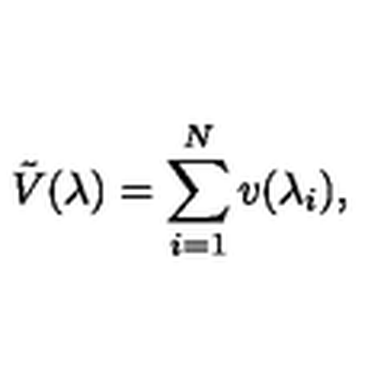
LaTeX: \tilde { V } ( \lambda ) = \sum _ { i = 1 } ^ { N } v ( \lambda _ { i } ) ,